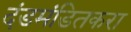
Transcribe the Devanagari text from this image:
दंडमंडितकरा